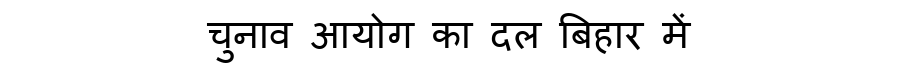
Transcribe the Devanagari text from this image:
चुनाव आयोग का दल बिहार में